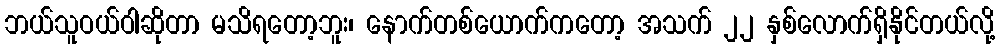
ဘယ်သူဝယ်ဝါဆိုတာ မသိရတော့ဘူး၊ နောက်တစ်ယောက်ကတော့ အသက် ၂၂ နှစ်လောက်ရှိနိုင်တယ်လို့